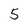
Character: 5